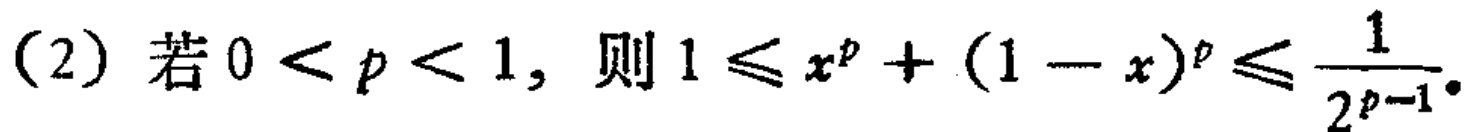
(2) 若 \(0 < p < 1\)，则 \(1\leqslant x^{p}+(1 - x)^{p}\leqslant\frac{1}{2^{p - 1}}\)。